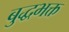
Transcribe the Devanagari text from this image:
बुद्धभक्त